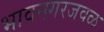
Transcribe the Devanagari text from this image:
भावनगरजवळ